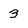
Character: 3